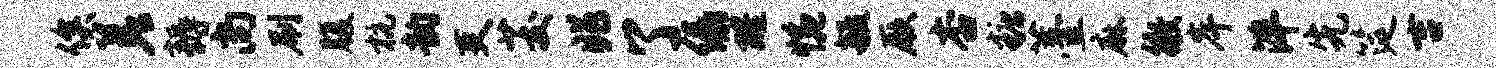
俟差耨尚刷腹杭韵吏茭兆了绿醒惋毓厥杏糖薹麻徵岸泮先筵吉